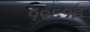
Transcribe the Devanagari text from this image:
१९६१इ